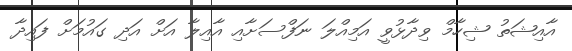
އާއިޝަތު ޝިހާމް ވިދާޅުވީ އަމިއްލަ ނަފްސަށާއި އާއިލާ އަށް އަދި ގައުމަށް ފައިދާ